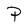
Character: P